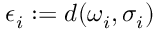
\epsilon _ { i } : = d ( \omega _ { i } , \sigma _ { i } )